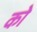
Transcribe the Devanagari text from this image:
काेे